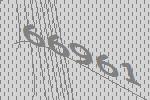
66961